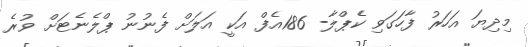
މިދިޔަ އަހަރު ފާހަގަވި ކެޕްލާ- 186އެފް އަކީ އަލަށް ފެނުނު ޕްލެނެޓަށް ވުރެ